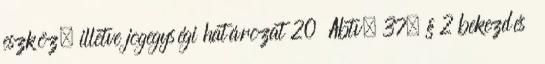
eszköz, illetve jogegységi határozat 20 Abtv. 37. § 2 bekezdés